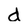
Character: d